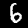
Digit: 6